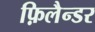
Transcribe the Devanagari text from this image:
फ़िलैन्डर